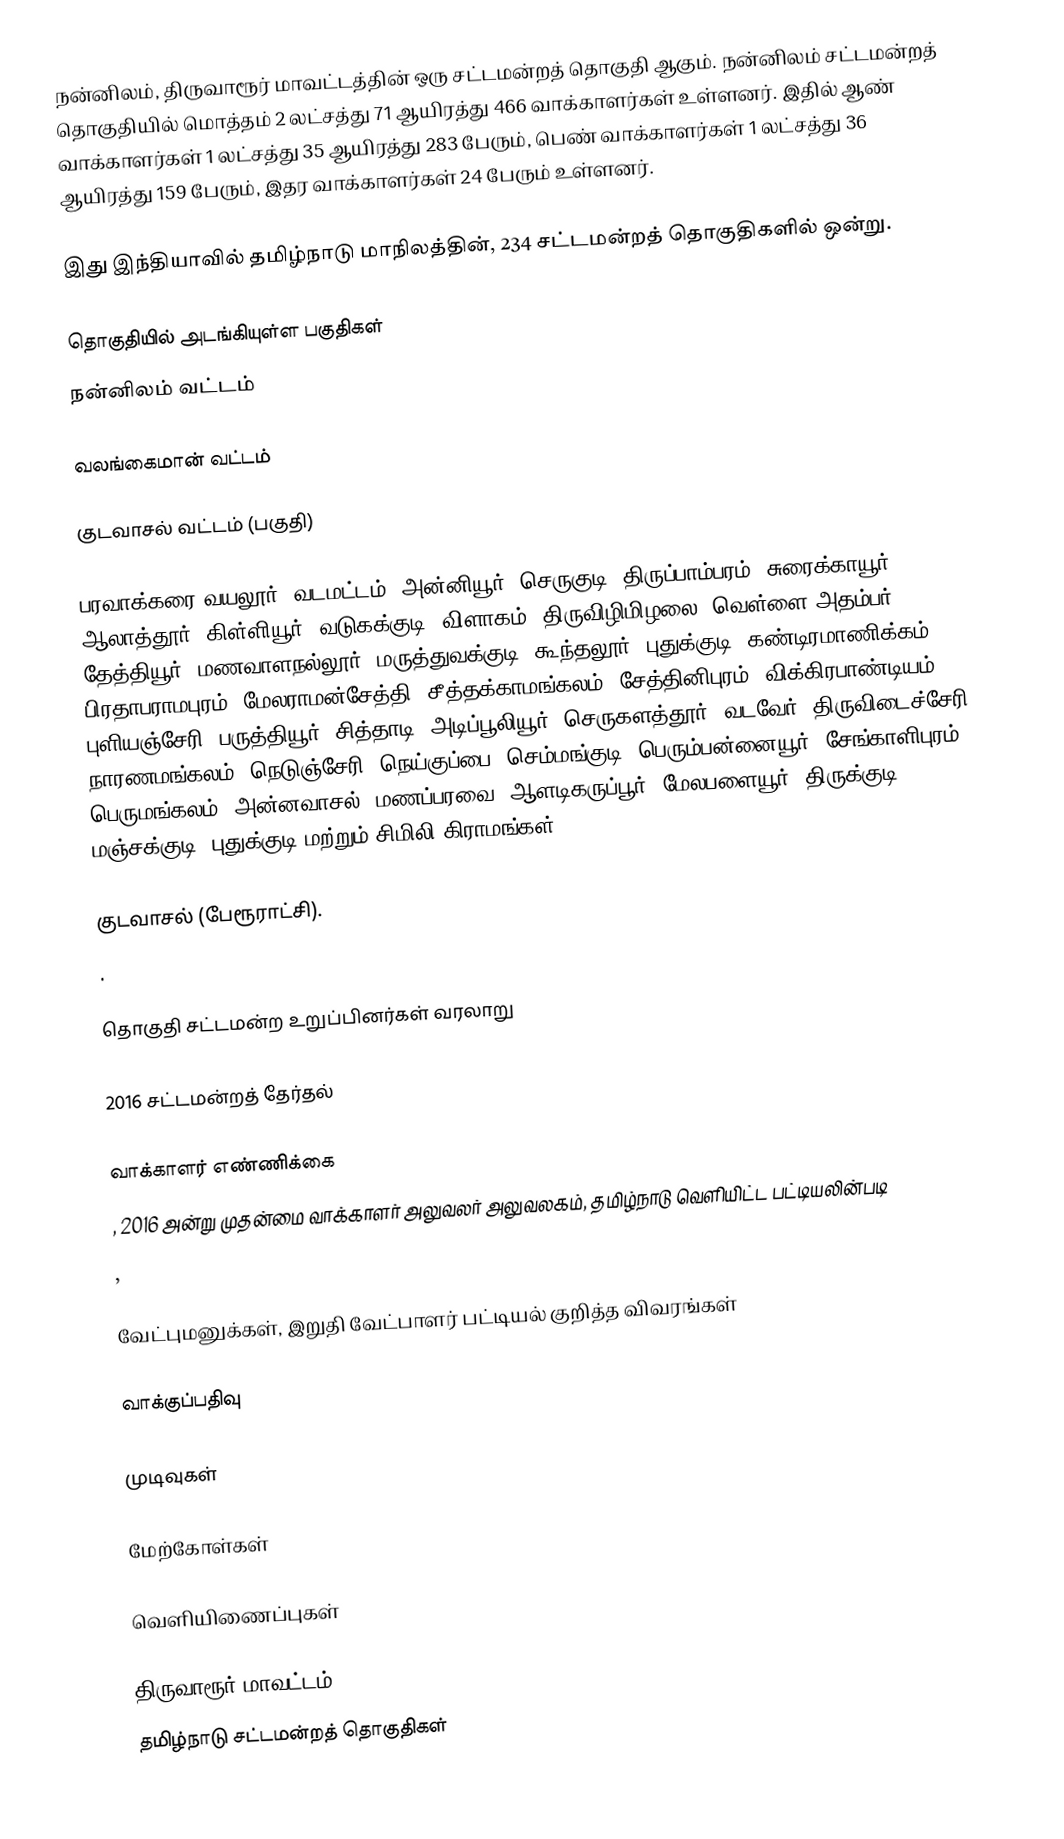
நன்னிலம், திருவாரூர் மாவட்டத்தின் ஒரு சட்டமன்றத் தொகுதி ஆகும். நன்னிலம் சட்டமன்றத் தொகுதியில் மொத்தம் 2 லட்சத்து 71 ஆயிரத்து 466 வாக்காளர்கள் உள்ளனர். இதில் ஆண் வாக்காளர்கள் 1 லட்சத்து 35 ஆயிரத்து 283 பேரும், பெண் வாக்காளர்கள் 1 லட்சத்து 36 ஆயிரத்து 159 பேரும், இதர வாக்காளர்கள் 24 பேரும் உள்ளனர்.

இது இந்தியாவில் தமிழ்நாடு மாநிலத்தின், 234 சட்டமன்றத் தொகுதிகளில் ஒன்று.

தொகுதியில் அடங்கியுள்ள பகுதிகள்
நன்னிலம் வட்டம்

வலங்கைமான் வட்டம்

 குடவாசல் வட்டம் (பகுதி)

பரவாக்கரை,வயலூர், வடமட்டம், அன்னியூர், செருகுடி, திருப்பாம்பரம், சுரைக்காயூர், ஆலாத்தூர், கிள்ளியூர், வடுகக்குடி, விளாகம், திருவிழிமிழலை, வெள்ளை அதம்பர், தேத்தியூர், மணவாளநல்லூர், மருத்துவக்குடி, கூந்தலூர், புதுக்குடி, கண்டிரமாணிக்கம், பிரதாபராமபுரம், மேலராமன்சேத்தி, சீத்தக்காமங்கலம், சேத்தினிபுரம், விக்கிரபாண்டியம், புளியஞ்சேரி, பருத்தியூர், சித்தாடி, அடிப்பூலியூர், செருகளத்தூர், வடவேர், திருவிடைச்சேரி, நாரணமங்கலம், நெடுஞ்சேரி, நெய்குப்பை, செம்மங்குடி, பெரும்பன்னையூர், சேங்காளிபுரம், பெருமங்கலம், அன்னவாசல், மணப்பரவை, ஆளடிகருப்பூர், மேலபளையூர், திருக்குடி, மஞ்சக்குடி, புதுக்குடி மற்றும் சிமிலி கிராமங்கள்.

குடவாசல் (பேரூராட்சி).
.

தொகுதி சட்டமன்ற உறுப்பினர்கள் வரலாறு

2016 சட்டமன்றத் தேர்தல்

வாக்காளர் எண்ணிக்கை
, 2016 அன்று முதன்மை வாக்காளர் அலுவலர் அலுவலகம், தமிழ்நாடு வெளியிட்ட பட்டியலின்படி
,

வேட்புமனுக்கள், இறுதி வேட்பாளர் பட்டியல் குறித்த விவரங்கள்

வாக்குப்பதிவு

முடிவுகள்

மேற்கோள்கள்

வெளியிணைப்புகள்

திருவாரூர் மாவட்டம்
தமிழ்நாடு சட்டமன்றத் தொகுதிகள்